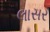
લાસર